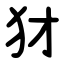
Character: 犲